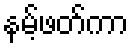
နမ့်ဖတ်ကာ